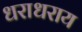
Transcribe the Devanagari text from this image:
धराधराय